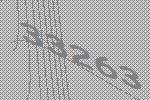
33263